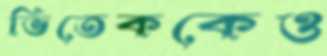
ভিতেককেও